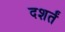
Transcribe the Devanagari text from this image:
दशर्तं